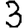
Digit: 3